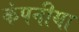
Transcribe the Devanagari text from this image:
कंपनीया